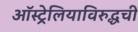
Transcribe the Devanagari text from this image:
ऑस्ट्रेलियाविरुद्धची